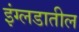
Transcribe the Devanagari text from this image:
इंग्लडातील